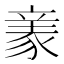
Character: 𧱏